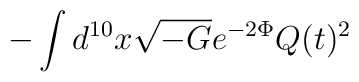
- \int d^{10} x\sqrt{-G}e^{-2\Phi} Q(t)^2